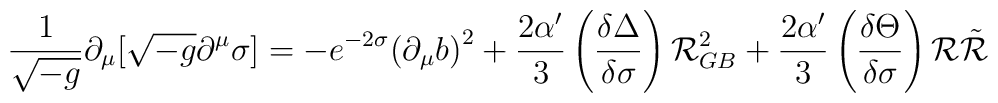
{\frac {1} {\sqrt{-g}}} \partial_{\mu}[\sqrt{-g} \partial^{\mu} \sigma] =-e^{-2 \sigma}{({\partial} _{\mu} b)}^2 + {\frac{2 \alpha'} {3}}\left({\frac{\delta \Delta} {\delta\sigma}} \right) {\cal{R}}^2 _{GB} + {\frac {2 \alpha'}{3}} \left( {\frac {\delta \Theta} {\delta \sigma}}\right){\cal{R}}{\tilde{\cal{R}}}\\